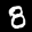
Label: 8